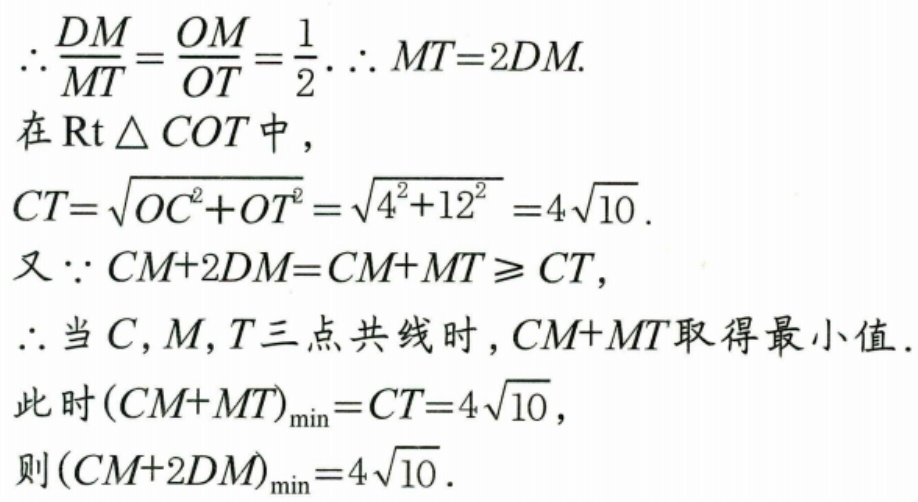
$\therefore\frac{DM}{MT}=\frac{OM}{OT}=\frac{1}{2}.\therefore MT = 2DM.$
在$\text{Rt}\triangle COT$中，
$CT=\sqrt{OC^{2}+OT^{2}}=\sqrt{4^{2}+12^{2}} = 4\sqrt{10}.$
又$\because CM + 2DM=CM + MT\geqslant CT$，
$\therefore$当$C,M,T$三点共线时，$CM + MT$取得最小值.
此时$(CM + MT)_{\min}=CT = 4\sqrt{10}$，
则$(CM + 2DM)_{\min}=4\sqrt{10}.$